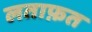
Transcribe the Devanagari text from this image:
लताफ़त